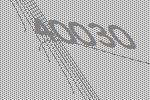
40030